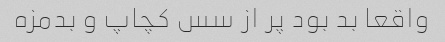
واقعا بد بود پر از سس کچاپ و بدمزه